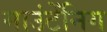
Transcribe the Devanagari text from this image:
माउंटेंनिग